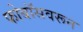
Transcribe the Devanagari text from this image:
फोबॉसवरून